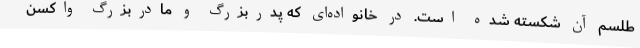
طلسم آن شکسته شده است. در خانواده‌ای که پدربزرگ و مادربزرگ واکسن